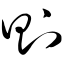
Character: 则